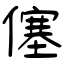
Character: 僿